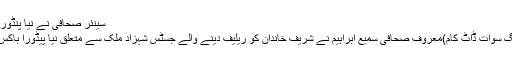
سینئر صحافی نے نیا پنڈورا باکس کھول دیا
اسلام آباد (زمونگ سوات ڈاٹ کام)معروف صحافی سمیع ابراہیم نے شریف خاندان کو ریلیف دینے والے جسٹس شہزاد ملک سے متعلق نیا پیڈورا باکس کھو ل دیا ہے ۔